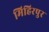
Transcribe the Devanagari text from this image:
मिहिरपुर